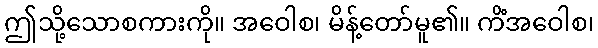
ဤသို့သောစကားကို။ အဝေါစ၊ မိန့်တော်မူ၏။ ကိံအဝေါစ၊